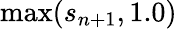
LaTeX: \operatorname*{max}(s_{n+1},1.0)